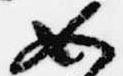
如